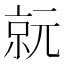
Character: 𠅮